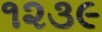
૧૨૩૯